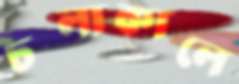
চলাকালে